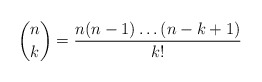
\begin{align*} \binom{n}{k} = \dfrac{n(n-1) \dots (n-k+1)}{k!}\end{align*}